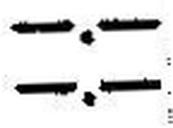
—.—